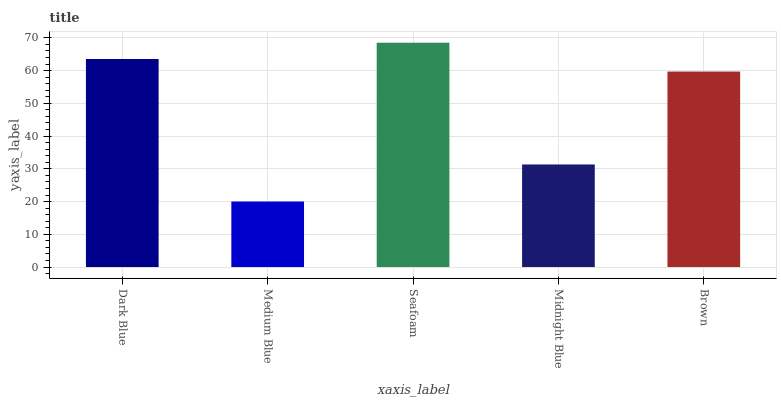
| xaxis_label | bars |
 | --- | --- |
 | Dark Blue | 63.5 |
 | Medium Blue | 20 |
 | Seafoam | 68.5 |
 | Midnight Blue | 31.3 |
 | Brown | 59.7 |